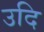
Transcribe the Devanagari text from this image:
उदि